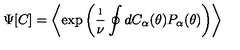
\Psi [ C ] = \left\langle \exp \left( \frac { \i } { \nu } \oint d C _ { \alpha } ( \theta ) P _ { \alpha } ( \theta ) \right) \right\rangle